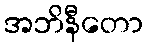
အဘိနီတော